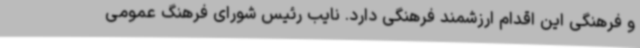
و فرهنگی این اقدام ارزشمند فرهنگی دارد.‌ نایب رئیس شورای فرهنگ عمومی